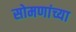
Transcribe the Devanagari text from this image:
सोमणांच्या